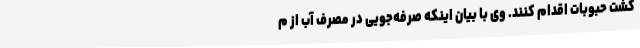
کشت حبوبات اقدام کنند. وی با بیان اینکه صرفه‌جویی در مصرف آب از م